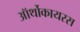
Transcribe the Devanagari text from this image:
ऑर्थोकायरस